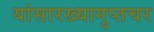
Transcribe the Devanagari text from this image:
यांसारख्यागुप्तचर